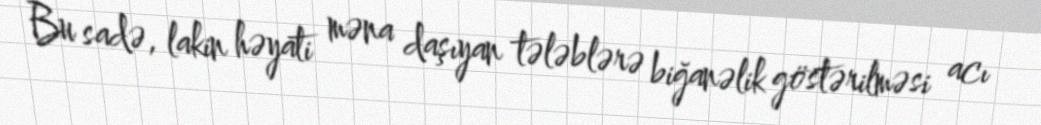
Bu sadə, lakin həyati məna daşıyan tələblərə biğanəlik göstərilməsi acı